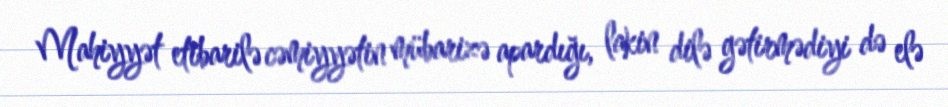
Mahiyyət etibarilə cəmiyyətin mübarizə apardığı, lakin dilə gətirmədiyi də elə